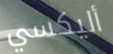
أليكسي